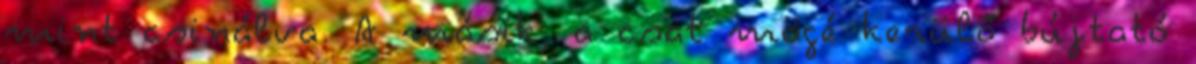
mint csinálva. A másik, a csat mögé kerülő bújtató